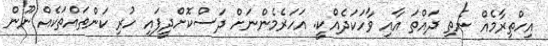
އިހްތިރާމެއް ނެތި ދައްތަ އާއި ވާހަކަދެއްކީ. އަހަރެމެންނަށް ދަސްކޮށްދީފައި ހުރި ކަންތައްތަކެއް ނޫން